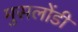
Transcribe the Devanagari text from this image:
मुसलोंडी